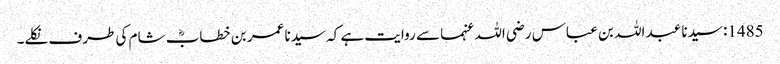
1485: سیدنا عبد اللہ بن عباس رضی اللہ عنہما سے روایت ہے کہ سیدنا عمر بن خطابؓ شام کی طرف نکلے۔